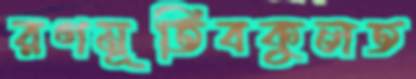
রণমূর্তিবকুলত